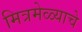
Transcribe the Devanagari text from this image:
मित्रमेळ्याचे